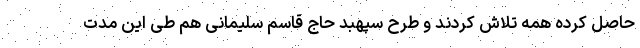
حاصل کرده همه تلاش کردند و طرح سپهبد حاج قاسم سلیمانی هم طی این مدت